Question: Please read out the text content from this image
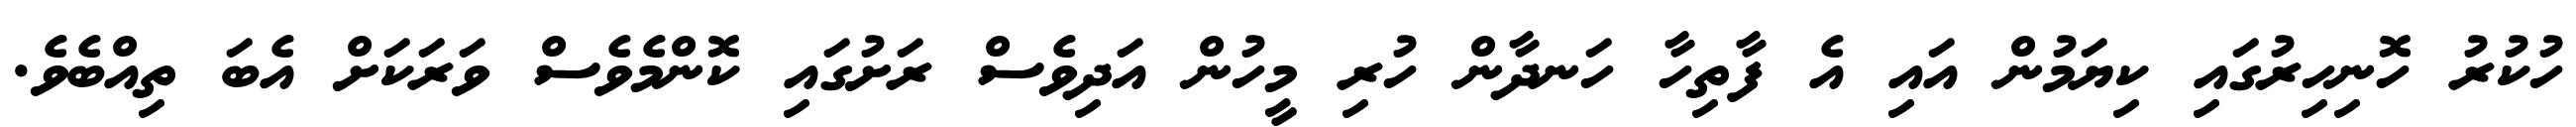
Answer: ހުކުރު ހޮނިހިރުގައި ކިޔަމުން އައި އެ ފާތިހާ ހަނދާން ހުރި މީހުން އަދިވެސް ރަށުގައި ކޮންމެވެސް ވަރަކަށް އެބަ ތިއްބެވެ.